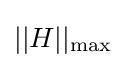
||H||_{\rm {max}}